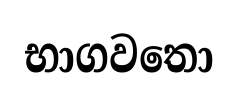
භාගවතො